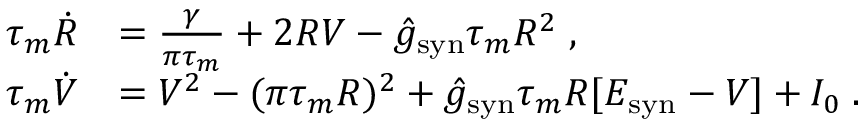
\begin{array} { r l } { \tau _ { m } \dot { R } } & { = \frac { \gamma } { \pi \tau _ { m } } + 2 R V - \hat { g } _ { \mathrm { s y n } } \tau _ { m } R ^ { 2 } \; , } \\ { \tau _ { m } \dot { V } } & { = V ^ { 2 } - ( \pi \tau _ { m } R ) ^ { 2 } + \hat { g } _ { \mathrm { s y n } } \tau _ { m } R [ E _ { \mathrm { s y n } } - V ] + I _ { 0 } \; . } \end{array}